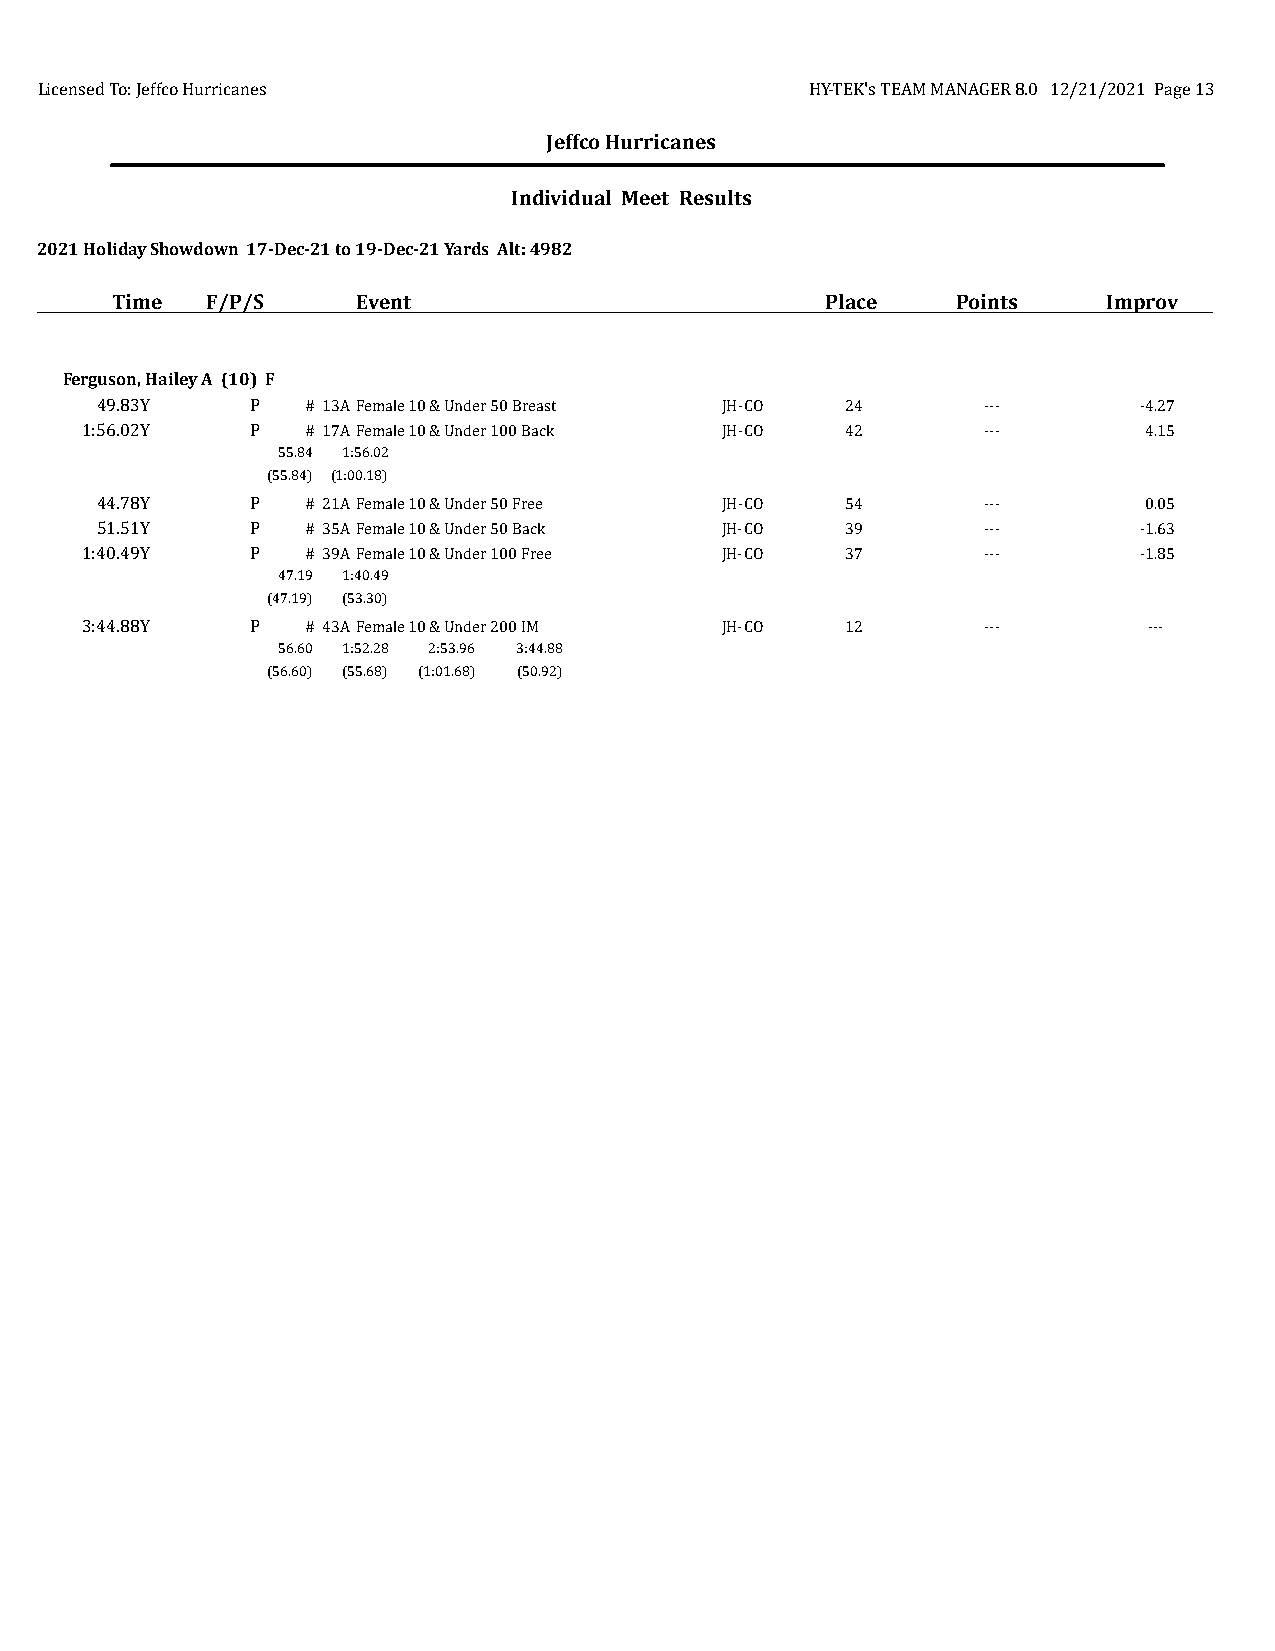
Licensed To: Jeffco Hurricanes                      HY-TEK's TEAM MANAGER 8.0 12/21/2021 Page 13
 Jeffco Hurricanes
 Individual Meet Results
 2021 Holiday Showdown 17-Dec-21 to 19-Dec-21 Yards Alt: 4982
 Time   F/P/S     Event                          Place   Points    Improv
 Ferguson, Hailey A (10) F
 49.83Y     P  # 13AFemale 10 & Under 50 Breast JH-CO 24    ---       -4.27
 1:56.02Y    P  # 17AFemale 10 & Under 100 Back JH-CO 42     ---        4.15
 55.84 1:56.02
 (55.84) (1:00.18)
 44.78Y     P  # 21AFemale 10 & Under 50 Free JH-CO 54      ---        0.05
 51.51Y     P  # 35AFemale 10 & Under 50 Back JH-CO 39      ---       -1.63
 1:40.49Y    P  # 39AFemale 10 & Under 100 Free JH-CO 37     ---       -1.85
 47.19 1:40.49
 (47.19) (53.30)
 3:44.88Y    P  # 43AFemale 10 & Under 200 IM JH-CO 12       ---        ---
 56.60 1:52.28 2:53.96 3:44.88
 (56.60) (55.68) (1:01.68) (50.92)